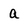
Character: a